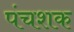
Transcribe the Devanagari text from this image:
पंचशक